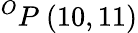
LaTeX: ^{O}P\ (10,11)